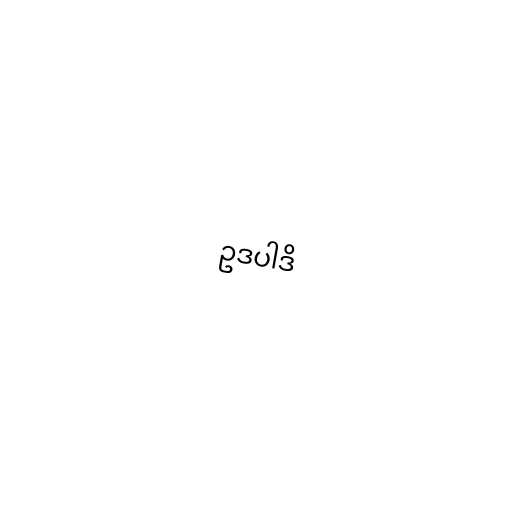
ဥဒပါဒိ